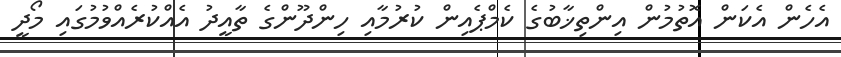
އެހެން އެކަން އޮތުމުން އިންތިޚާބުގެ ކެމްޕެއިން ކުރުމާއި ހިންދޫންގެ ތާއީދު އެއްކުރެއްވުމުގައި މޯދީ